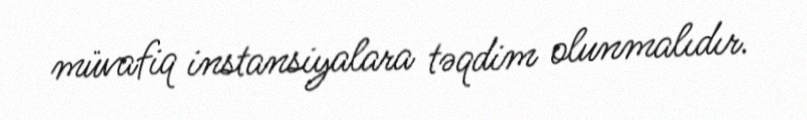
müvafiq instansiyalara təqdim olunmalıdır.